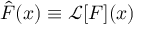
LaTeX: { \hat { F } } ( x ) \equiv { \mathcal { L } } [ F ] ( x )